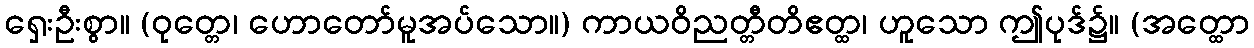
ရှေးဦးစွာ။ (ဝုတ္တေ၊ ဟောတော်မူအပ်သော။) ကာယဝိညတ္တီတိဧတ္ထ၊ ဟူသော ဤပုဒ်၌။ (အတ္ထော